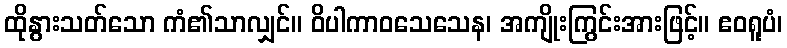
ထိုနွားသတ်သော ကံ၏သာလျှင်။ ဝိပါကာဝသေသေန၊ အကျိုးကြွင်းအားဖြင့်။ ဧဝရူပံ၊